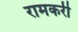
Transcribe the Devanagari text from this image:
रामकरी